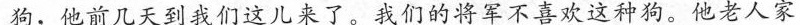
狗，他前几天到我们这儿来了。我们的将军不喜欢这种狗。他老人家